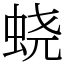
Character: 蛲